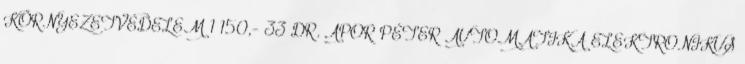
KÖRNYEZETVÉDELEM 1 150,- 33 DR. APOR PÉTER AUTOMATIKA ELEKTRONIKUS